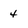
Character: 4